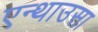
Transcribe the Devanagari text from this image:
एन्थाउसा